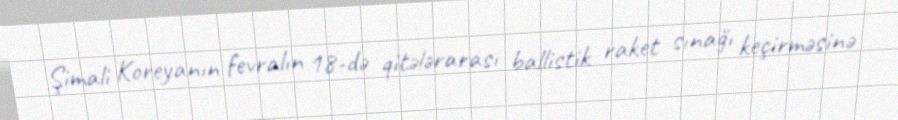
Şimali Koreyanın fevralın 18-də qitələrarası ballistik raket sınağı keçirməsinə